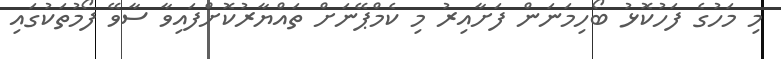
މި މަހުގެ ފަހުކޮޅު ބޯހިމަނަން ފަށާއިރު މި ކެމްޕޭނަށް ތައްޔާރުކޮށްފައިވާ ސާވޭ ފޯމުތަކުގައި